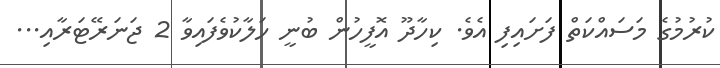
ކުރުމުގެ މަސައްކަތް ފަށައިފި އެވެ. ކިހާދޫ އޮފީހުން ބުނީ ހަލާކުވެފައިވާ 2 ޖަނަރޭޓަރާއި...